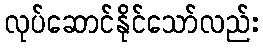
လုပ်ဆောင်နိုင်သော်လည်း